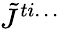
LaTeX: \tilde{J}^{ti\ldots}